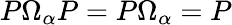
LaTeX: P\Omega_{\alpha}P=P\Omega_{\alpha}=P